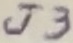
Text: J3